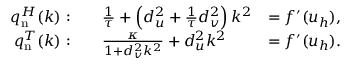
{ \begin{array} { r l r } { q _ { \mathrm { n } } ^ { H } ( k ) : } & { \quad { \frac { 1 } { \tau } } + \left( d _ { u } ^ { 2 } + { \frac { 1 } { \tau } } d _ { v } ^ { 2 } \right) k ^ { 2 } } & { = f ^ { \prime } ( u _ { h } ) , } \\ { q _ { \mathrm { n } } ^ { T } ( k ) : } & { \quad { \frac { \kappa } { 1 + d _ { v } ^ { 2 } k ^ { 2 } } } + d _ { u } ^ { 2 } k ^ { 2 } } & { = f ^ { \prime } ( u _ { h } ) . } \end{array} }